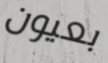
بعيون